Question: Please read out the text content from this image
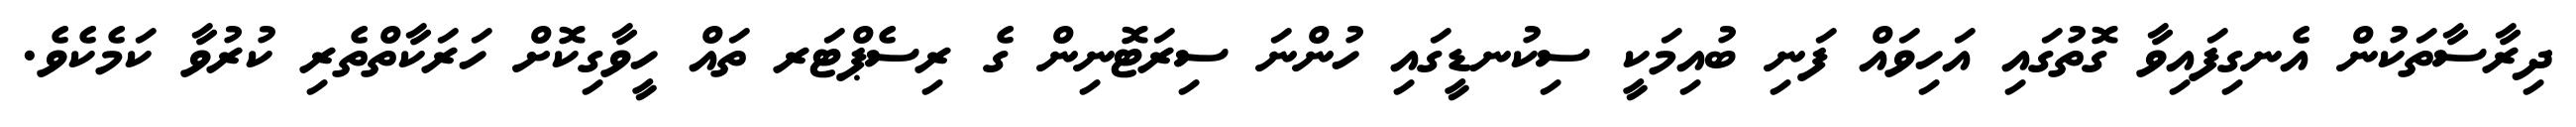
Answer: ދިރާސާތަކުން އެނގިފައިވާ ގޮތުގައި އަހިވައް ފަނި ބުއިމަކީ ސިކުނޑީގައި ހުންނަ ސިރަޓޮނިން ގެ ރިސެޕްޓަރ ތައް ހީވާގިކޮށް ހަރަކާތްތެރި ކުރުވާ ކަމެކެވެ.